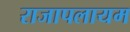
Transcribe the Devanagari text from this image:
राजापलायम